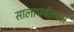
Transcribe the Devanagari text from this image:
सालापर्यंतच्या